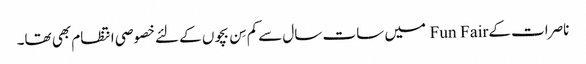
ناصرات کے Fun Fair میں سات سال سےکم سِن بچوں کے لئےخصوصی انتظام بھی تھا۔